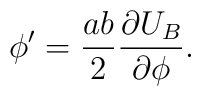
\phi' = \frac{ab}{2} \frac{\partial U_B}{\partial \phi}.